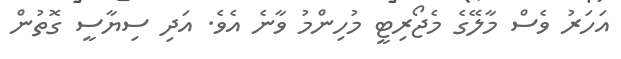
އަހަރު ވެސް މާލޭގެ މެޖޯރިޓީ މުހިންމު ވާނެ އެވެ. އަދި ސިޔާސީ ގޮތުން